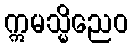
ဣမသ္မိညေဝ